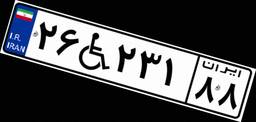
۲۶W۲۳۱۸۸